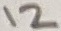
Text: 12